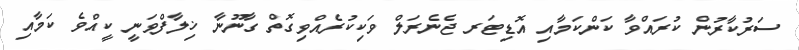
ސަރުކާރުން ކުރައްވާ ކަންކަމާއި އޮޑިޓަރ ޖެނެރަލް ވަކިކުރެއްވިގޮތް ގާނޫނާ ޚިލާފްވަނީ ކީއްވެ ކަމާއި